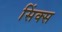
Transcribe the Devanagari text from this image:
सिंक्स